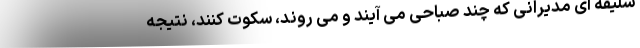
سلیقه ای مدیرانی که چند صباحی می آیند و می روند، سکوت کنند، نتیجه